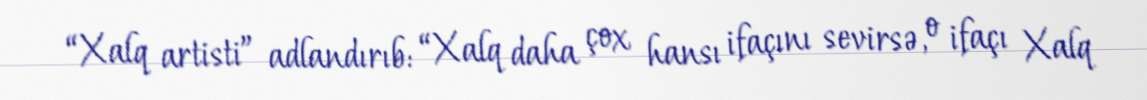
“Xalq artisti” adlandırıb: “Xalq daha çox hansı ifaçını sevirsə, o ifaçı Xalq